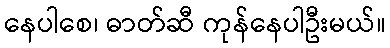
နေပါစေ၊ ဓာတ်ဆီ ကုန်နေပါဦးမယ်။